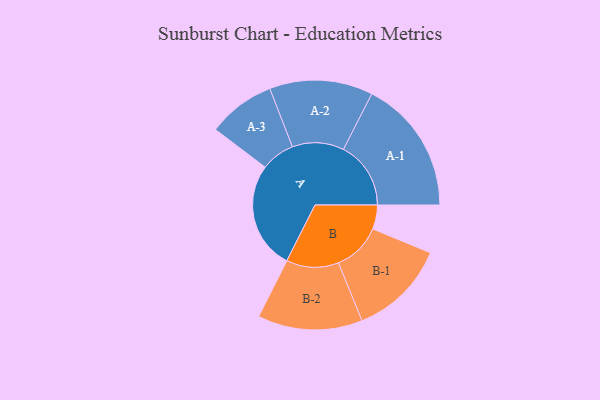
{"axis": {"x": "Segment", "y": "Value"}, "legend": ["", "A", "B"], "data": [{"x": "A", "y": 451, "type": ""}, {"x": "B", "y": 101, "type": ""}, {"x": "A-1", "y": 283, "type": "A"}, {"x": "A-2", "y": 217, "type": "A"}, {"x": "A-3", "y": 142, "type": "A"}, {"x": "B-1", "y": 204, "type": "B"}, {"x": "B-2", "y": 220, "type": "B"}]}